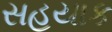
સહયાક